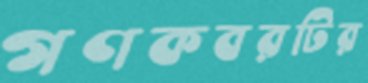
গণকবরটির